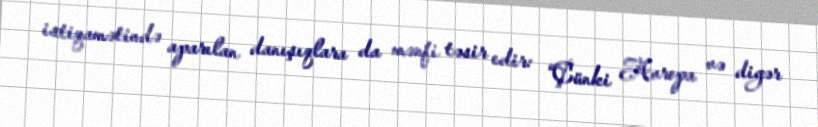
istiqamətində aparılan danışıqlara da mənfi təsir edir: “Çünki Avropa və digər